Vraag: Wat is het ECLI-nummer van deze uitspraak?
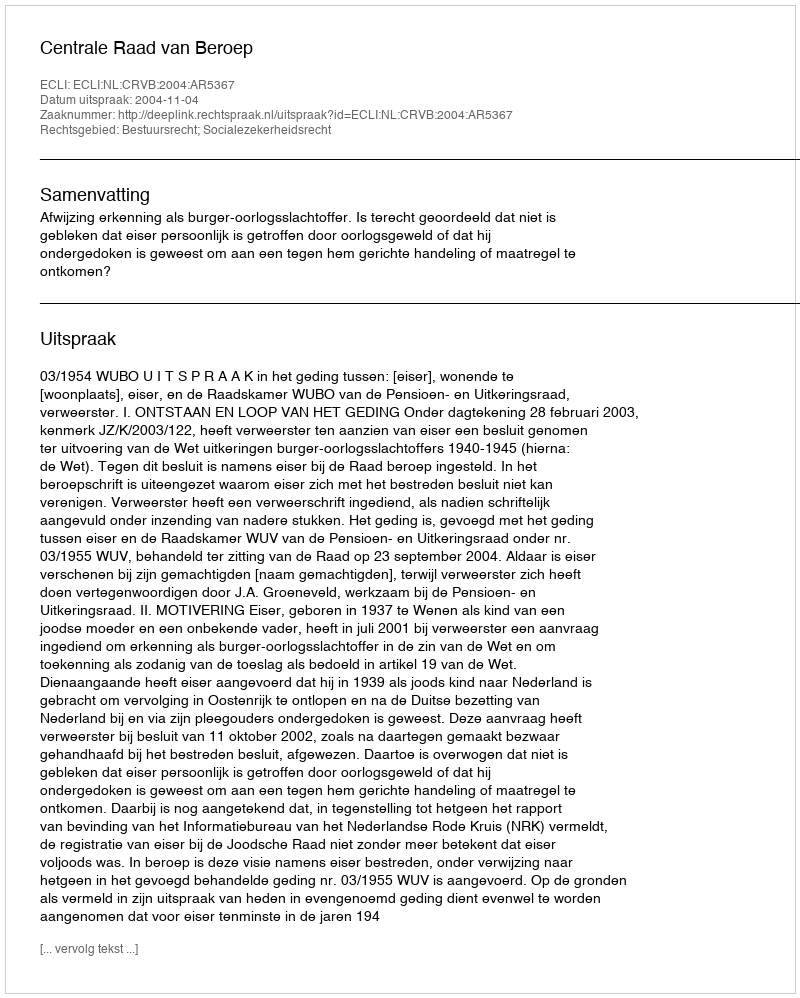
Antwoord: ECLI:NL:CRVB:2004:AR5367